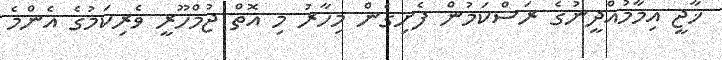
ޚާޖީ އިމާމުއްދީނުގެ ރަސްކަމުން ފެށިގެން މިހާރު މި އޮތް ޖުމްހޫރީ ވެރިކަމުގެ އެންމެ